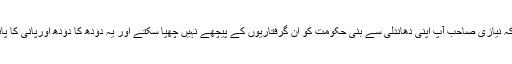
انہوں نے کہا کہ نیازی صاحب آپ اپنی دھاندلی سے بنی حکومت کو ان گرفتاریوں کے پیچھے نہیں چھپا سکتے اور یہ دودھ کا دودھ اورپانی کا پانی ہونا ہی ہے۔